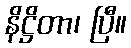
နိဋ္ဌိတာ၊ ပြီ။